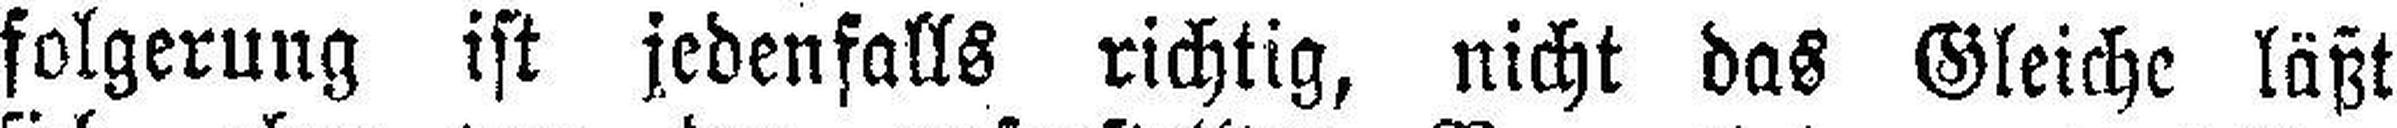
folgerung ist jedenfalls richtig, nicht das Gleiche läßt